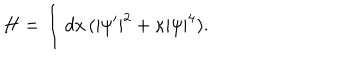
LaTeX: H = \int d x \, ( | \psi ^ { \prime } | ^ { 2 } + \kappa | \psi | ^ { 4 } ) .